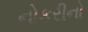
નોકરીનો